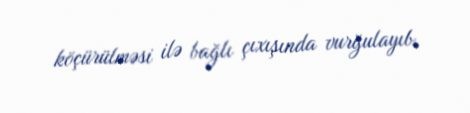
köçürülməsi ilə bağlı çıxışında vurğulayıb.